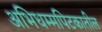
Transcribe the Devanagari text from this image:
अभिधम्मपिटकातील